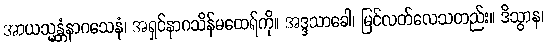
အာယသ္မန္တံနာဂသေနံ၊ အရှင်နာဂသိန်မထေရ်ကို။ အဒ္ဒသာခေါ၊ မြင်လတ်လေသတည်း။ ဒိသွာန၊